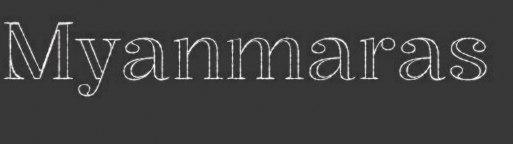
Myanmaras